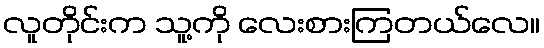
လူတိုင်းက သူ့ကို လေးစားကြတယ်လေ။